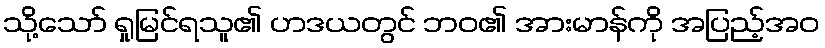
သို့သော် ရှုမြင်ရသူ၏ ဟဒယတွင် ဘဝ၏ အားမာန်ကို အပြည့်အဝ